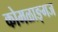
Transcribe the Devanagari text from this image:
कोमळाङ्गज